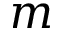
m